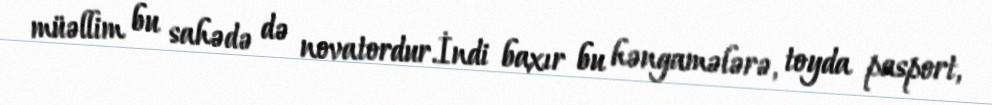
müəllim bu sahədə də novatordur.İndi baxır bu həngamələrə, toyda pasport,